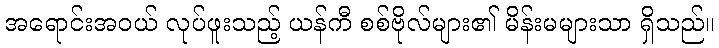
အရောင်းအဝယ် လုပ်ဖူးသည့် ယန်ကီ စစ်ဗိုလ်များ၏ မိန်းမများသာ ရှိသည်။